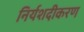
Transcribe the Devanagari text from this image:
निर्यशदीकरण